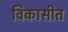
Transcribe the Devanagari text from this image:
विकासीत